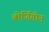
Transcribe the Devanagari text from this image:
बोर्जिगीन